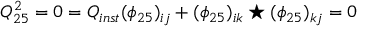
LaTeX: Q _ { 2 5 } ^ { 2 } = 0 = Q _ { i n s t } ( \phi _ { 2 5 } ) _ { i j } + ( \phi _ { 2 5 } ) _ { i k } \star ( \phi _ { 2 5 } ) _ { k j } = 0